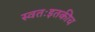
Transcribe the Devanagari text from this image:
स्वतःइतकीच